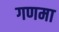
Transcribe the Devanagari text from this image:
गणमा